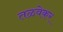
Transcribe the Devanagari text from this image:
तळवेकर